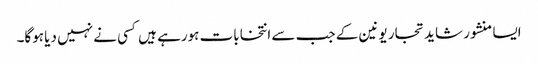
ایسا منشور شاید تجار یونین کے جب سے انتخابات ہورہے ہیں کسی نے نہیں دیا ہوگا۔